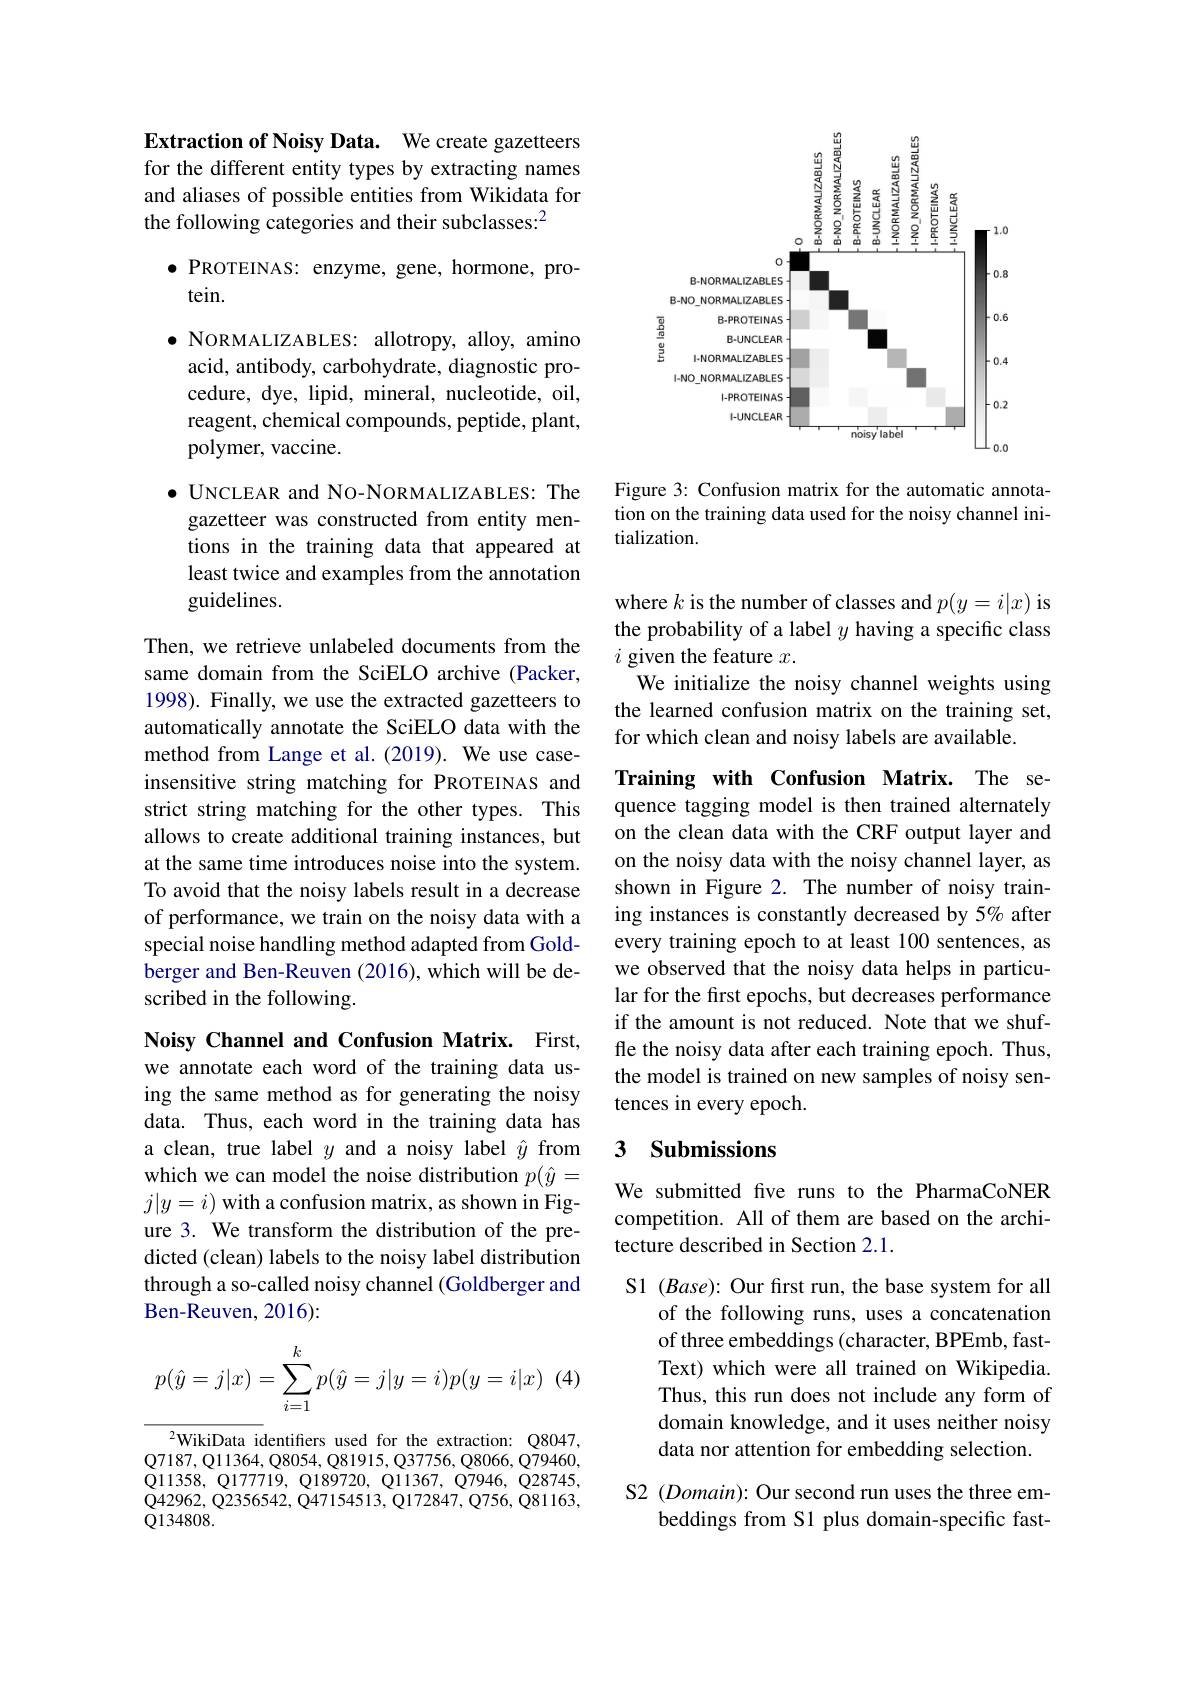
Extraction of Noisy Data. We create gazetteers for the different entity types by extracting names and aliases of possible entities from Wikidata for the following categories and their subclasses:$^2$

$\bullet$ PROTEINAS: enzyme, gene, hormone, pro-
tein.
$\bullet$ NORMALIZABLES: allotropy, alloy, amino acid, antibody, carbohydrate, diagnostic procedure, dye, lipid, mineral, nucleotide, oil, reagent, chemical compounds, peptide, plant, polymer, vaccine.
$\bullet$ UNCLEAR and NO-NORMALIZABLES: The gazetteer was constructed from entity mentions in the training data that appeared at least twice and examples from the annotation guidelines.

Then, we retrieve unlabeled documents from the same domain from the SciELO archive (Packer, 1998). Finally, we use the extracted gazetteers to automatically annotate the SciELO data with the method from Lange et al.(2019). We use caseinsensitive string matching for PROTEINAS and strict string matching for the other types. This allows to create additional training instances, but at the same time introduces noise into the system. To avoid that the noisy labels result in a decrease of performance, we train on the noisy data with a special noise handling method adapted from Goldberger and Ben-Reuven (2016), which will be described in the following.

Noisy Channel and Confusion Matrix. First, we annotate each word of the training data using the same method as for generating the noisy data. Thus, each word in the training data has a clean, true label $y$ and a noisy label $\hat{y}$ from which we can model the noise distribution $p(\hat{y}=$ $j|y=i)$ with a confusion matrix, as shown in Figure 3. We transform the distribution of the predicted (clean) labels to the noisy label distribution through a so-called noisy channel (Goldberger and Ben-Reuven, 2016):
$$p(\hat y=j|x)=\sum_{i=1}^kp(\hat y=j|y=i)p(y=i|x)$$
$^{2}$WikiData identifiers used for the extraction: Q8047, $\mathbb{Q}7187,\mathbb{Q}11364,\mathbb{Q}8054,\mathbb{Q}81915,\mathbb{Q}37756,\mathbb{Q}8066,\mathbb{Q}79460$, $\mathbb{Q}11358$, Q177719, Q189720, Q11367, Q7946, Q28745, $\dot{Q}42962,\dot{Q}2356542,\dot{Q}47154513,\dot{Q}172847,\dot{Q}756,\dot{Q}81163$, ${\mathrm{Q134808.}}$

<FigureHere>

Figure 3: Confusion matrix for the automatic annotation on the training data used for the noisy channel initialization.

where $k$ is the number of classes and $p(y=i|x)$ is the probability of a label $y$ having a specific class $i$ given the feature $x.$
We initialize the noisy channel weights using the learned confusion matrix on the training set, for which clean and noisy labels are available.

Training with Confusion Matrix. The sequence tagging model is then trained alternately on the clean data with the CRF output layer and on the noisy data with the noisy channel layer, as shown in Figure 2. The number of noisy training instances is constantly decreased by 5% after every training epoch to at least 100 sentences, as we observed that the noisy data helps in particular for the first epochs, but decreases performance if the amount is not reduced. Note that we shuffle the noisy data after each training epoch. Thus, the model is trained on new samples of noisy sentences in every epoch.

### 3 Submissions

We submitted five runs to the PharmaCoNER competition. All of them are based on the architecture described in Section 2.1.

S1 (Base): Our first run, the base system for all
of the following runs, uses a concatenation of three embeddings (character, BPEmb, fastText) which were all trained on Wikipedia. Thus, this run does not include any form of domain knowledge, and it uses neither noisy data nor attention for embedding selection.

S2 (Domain): Our second run uses the three em-
beddings from S1 plus domain-specific fast-